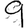
Digit: 9